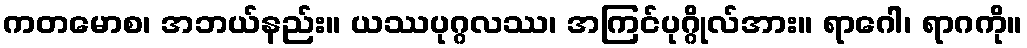
ကတမောစ၊ အဘယ်နည်း။ ယဿပုဂ္ဂလဿ၊ အကြင်ပုဂ္ဂိုလ်အား။ ရာဂေါ၊ ရာဂကို။